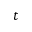
t